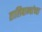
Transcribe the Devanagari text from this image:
तालिबान्यांच्या